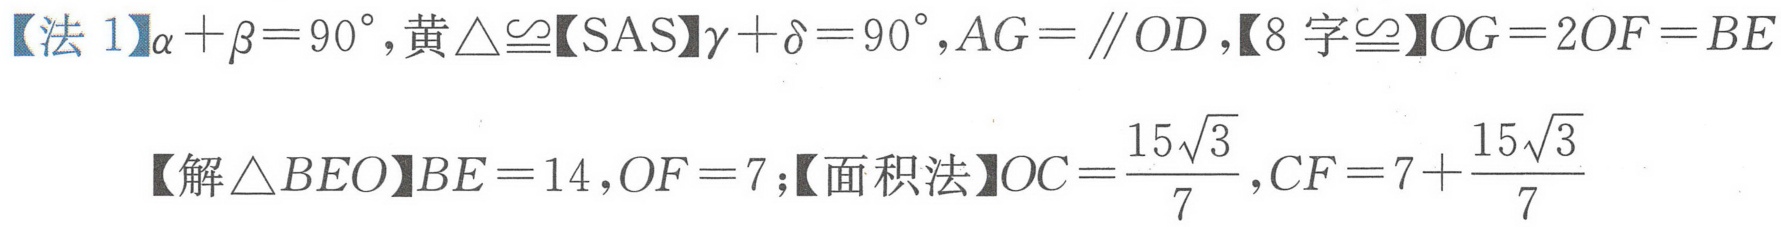
【法 1】\(\alpha+\beta = 90^{\circ}\)，黄\(\triangle\cong\)【SAS】\(\gamma+\delta = 90^{\circ}\)，\(AG = \parallel OD\)，【8 字\(\cong\)】\(OG = 2OF=BE\)
【解\(\triangle BEO\)】\(BE = 14\)，\(OF = 7\)；【面积法】\(OC=\frac{15\sqrt{3}}{7}\)，\(CF = 7+\frac{15\sqrt{3}}{7}\)